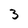
Character: 3